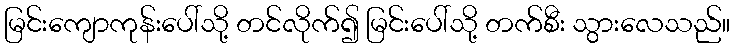
မြင်းကျောကုန်းပေါ်သို့ တင်လိုက်၍ မြင်းပေါ်သို့ တက်စီး သွားလေသည်။